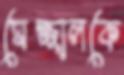
ঘেজ্জালকে